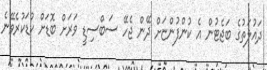
ދައުލަތުގެ ބަޖެޓުން އެ ކުންފުންޏަށް ދޭން ޖެހޭ ސަބްސިޑީ ވަރަށް ބޮޑަށް ކުޑަކުރެވޭނެ